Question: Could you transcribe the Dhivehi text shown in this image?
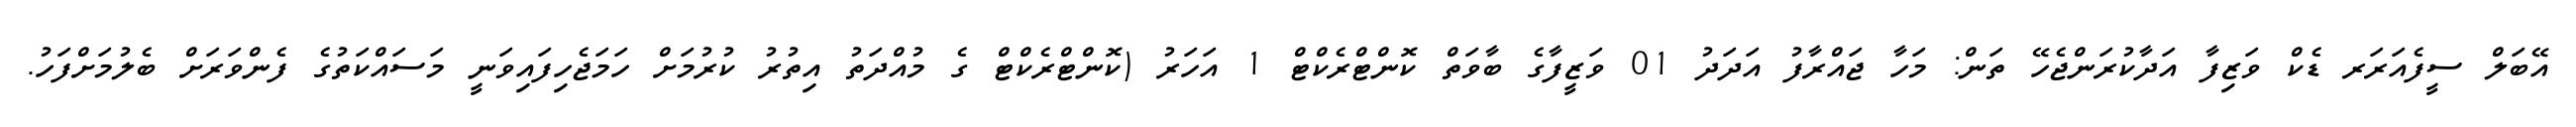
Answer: އޭބަލް ސީފެއަރަރ ޑެކް ވަޒިފާ އަދާކުރަންޖެހޭ ތަން: މަހާ ޖައްރާފު އަދަދު 01 ވަޒީފާގެ ބާވަތް ކޮންޓްރެކްޓް 1 އަހަރު (ކޮންޓްރެކްޓް ގެ މުއްދަތު އިތުރު ކުރުމަށް ހަމަޖެހިފައިވަނީ މަސައްކަތުގެ ފެންވަރަށް ބެލުމަށްފަހު.